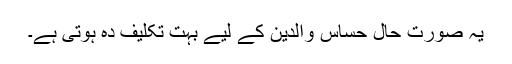
یہ صورتِ حال حسّاس والدین کے لیے بہت تکلیف دہ ہوتی ہے۔